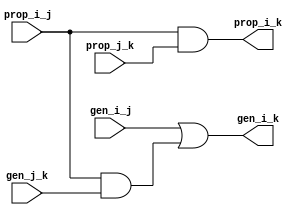
`timescale 1ns / 1ps
//////////////////////////////////////////////////////////////////////////////////
// Company: 
// Engineer: 
// 
// Design Name: 
// Module Name:    cla_gen_prop 
// Project Name: 
// Target Devices: 
// Tool versions: 
// Description: 
//
// Dependencies: 
//
// Revision: 
// Revision 0.01 - File Created
// Additional Comments: 
//
//////////////////////////////////////////////////////////////////////////////////
module cla_gen_prop(
	input gen_i_j,
	input gen_j_k,
	input prop_i_j,
	input prop_j_k,
	output gen_i_k,
	output prop_i_k
);
	assign gen_i_k = gen_i_j | (prop_i_j & gen_j_k);
	assign prop_i_k = prop_i_j & prop_j_k;
endmodule